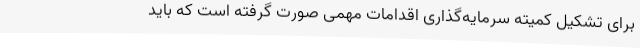
برای تشکیل کمیته سرمایه‌گذاری اقدامات مهمی صورت گرفته است که باید